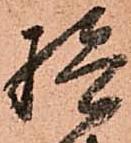
検